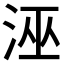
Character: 𭰘